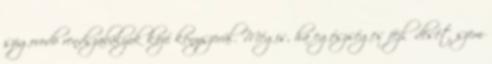
szigorodó rendszabályok közé kényszerül. Mégis, ha egészséges fejlődését szem